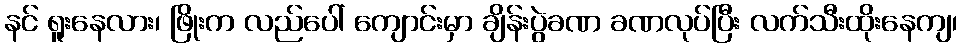
နင် ရူးနေလား၊ ဖြိုးက လည်ပေါ် ကျောင်းမှာ ချိန်းပွဲခဏ ခဏလုပ်ပြီး လက်သီးထိုးနေကျ၊